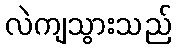
လဲကျသွားသည်